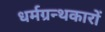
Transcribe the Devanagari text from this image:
धर्मग्रन्थकारों